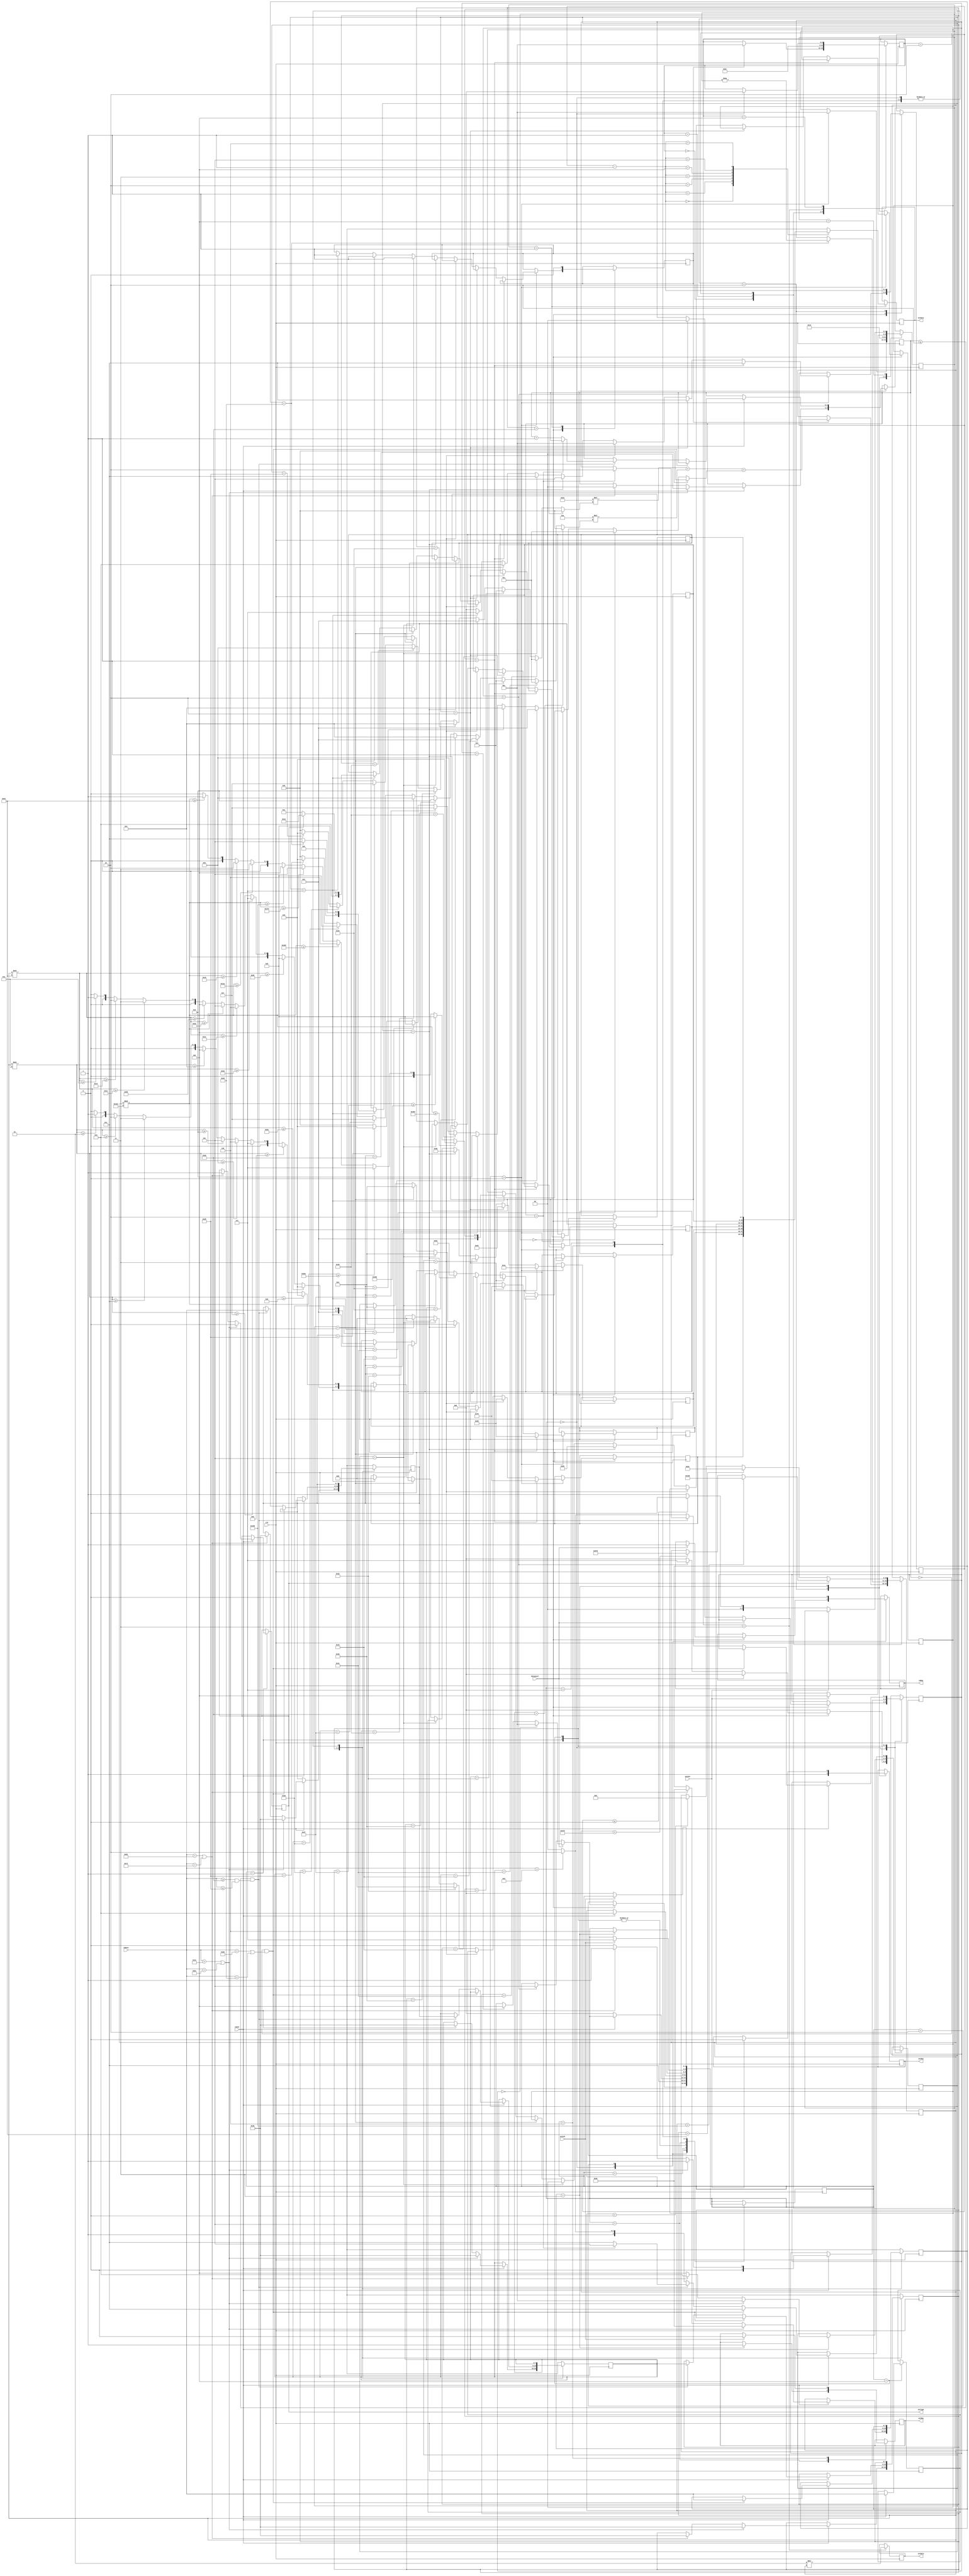
module BldcUart
#(parameter MAX_AMP = 100, parameter MAX_RPM = 400) (
    input clk,
    input dataAvail,
    input [7:0] inData,
    output reg inReq = 0,
    input inAck,
    output reg [7:0] outData = 0,
    output reg outReq = 0,
    input outAck,
    output reg setReq = 0,
    input setAck,
    output reg setType = 0, // 0=amp, 1=rpm
    output reg signed [9:0] setData = $rtoi(0.5*MAX_AMP)
    );
    
    // Command Handler
    reg firstBuffer = 0;
    reg [($clog2(2+1)-1):0] bufferCount = 0;
    reg [7:0] buffer [3:0];
    wire negative;
    assign negative = buffer[3]==45; // -
    reg [7:0] inDataBuffer = 0;
    reg [($clog2(6+1)-1):0] msg = 0;
    reg [($clog2(2+1)-1):0] mode = 0;
    reg [($clog2(7+1)-1):0] state = 0;
    reg [($clog2(7+1)-1):0] msgState = 0; // logic near bottom
    reg [($clog2(4+1)-1):0] intState = 0; // logic near bottom
    always @ (negedge(clk)) begin
    
        case(state)
        
            0:
                begin
                    msg <= 0;
                    if ( !msgState ) begin // !msgState is no RxTx
                        if ( dataAvail ) begin // uart buffer has character
                            inReq <= 1;
                            if ( mode==0 ) begin // this is the first character
                                state <= 1;
                            end else if ( mode==1 ) begin // this is a value character
                                state <= 4;
                            end
                        end else if ( mode==2 ) begin // this is the last character
                            msg <= 7; // send verification message
                            mode <= 0;
                            state <= 5; // send message to external interface
                        end
                    end
                end
           
            1:
                if ( inAck ) begin
                    if ( inData==65 || inData==97 ) begin // a
                        bufferCount <= 0;
                        buffer[3] = 43; // +
                        buffer[2] = 48; // 0
                        buffer[1] = 48; // 0
                        buffer[0] = 48; // 0
                        setType <= 0;
                        msg <= 1;
                        mode <= 1;
                    end else if ( inData==82 || inData==114 ) begin // r
                        bufferCount <= 0;
                        buffer[3] = 43; // +
                        buffer[2] = 48; // 0
                        buffer[1] = 48; // 0
                        buffer[0] = 48; // 0
                        setType <= 1;
                        msg <= 2;
                        mode <= 1;
                   end else begin // unknown
                        mode <= 0;
                        msg <= 4;
                    end
                    state <= 2;
                end
            
            2:
                begin
                    inReq <= 0;
                    state <= 3;
                end
            
            3:
                if ( !inAck ) begin
                    state <= 0;
                end
            
            4:
                if ( inAck ) begin
                    inDataBuffer <= inData;
                    if ( bufferCount==0 && ( inData==43 || inData==45 ) ) begin // + -
                        buffer[3] = inData;
                        msg <= 3;
                    end else if ( bufferCount<=2 && ( inData>=48 && inData<=57 ) ) begin // 0 - 9
                        buffer[2] <= buffer[1];
                        buffer[1] <= buffer[0];
                        buffer[0] <= inData;
                        if ( bufferCount==2 ) begin // 3 digits entered
                            mode <= 2;
                            msg <= 5;
                        end else begin // data digits entered
                            msg <= 3;
                            bufferCount <= bufferCount + 1;
                        end
                    end else if ( inData==13 ) begin // 13 return, then 10 line feed
                        mode <= 2;
                        msg <= 6;
                    end else begin // unknown
                        mode <= 0;
                        msg <= 4;
                    end
                    state <= 2;
                end
            
            5:
                if ( msgState==3 ) begin
                    setReq <= 1;
                    state <= 6;
                end
                
            6:
                if ( setAck ) begin
                    setReq <= 0;
                    state <= 7;
                end
                
            7:
                if ( !setAck ) begin
                    state <= 0;
                end
                                        
        endcase
    
    end
    
    // Message map
    localparam integer MAX_MSGCOUNT = 7;
    reg [($clog2(MAX_MSGCOUNT)-1):0] msgCount = 0;
    reg [7:0] msgIdx [(MAX_MSGCOUNT-1):0];
    // A 65
    // m 109
    // p 112
    // R 82
    // U 85
    // n 110
    // k 107
    
    // Ascii mapping
    // 0 48
    // 1 49
    // 2 50
    // 3 51
    // 4 52
    // 5 53
    // 6 54
    // 7 55
    // 8 56
    // 9 57
    wire ASCII_SIGN;
    wire [7:0] ASCII_100;
    assign ASCII_100 = setDataTemp%1000>=900 ? 57 :
                       setDataTemp%1000>=800 ? 56 :
                       setDataTemp%1000>=700 ? 55 :
                       setDataTemp%1000>=600 ? 54 :
                       setDataTemp%1000>=500 ? 53 :
                       setDataTemp%1000>=400 ? 52 :
                       setDataTemp%1000>=300 ? 51 :
                       setDataTemp%1000>=200 ? 50 :
                       setDataTemp%1000>=100 ? 49 :
                       48;
    wire [7:0] ASCII_10;
    assign ASCII_10 = setDataTemp%100>=90 ? 57 :
                      setDataTemp%100>=80 ? 56 :
                      setDataTemp%100>=70 ? 55 :
                      setDataTemp%100>=60 ? 54 :
                      setDataTemp%100>=50 ? 53 :
                      setDataTemp%100>=40 ? 52 :
                      setDataTemp%100>=30 ? 51 :
                      setDataTemp%100>=20 ? 50 :
                      setDataTemp%100>=10 ? 49 :
                      48;
    wire [7:0] ASCII_1;
    assign ASCII_1 = setDataTemp%10>=9 ? 57 :
                     setDataTemp%10>=8 ? 56 :
                     setDataTemp%10>=7 ? 55 :
                     setDataTemp%10>=6 ? 54 :
                     setDataTemp%10>=5 ? 53 :
                     setDataTemp%10>=4 ? 52 :
                     setDataTemp%10>=3 ? 51 :
                     setDataTemp%10>=2 ? 50 :
                     setDataTemp%10>=1 ? 49 :
                     48;
                          
    // Message output logic
    reg signed [($clog2((999*2-1)+1)-1):0] setDataTemp = 0;
    reg intMsg = 0;
    always @ (posedge(clk)) begin
        
        case(msgState)

            0:
                if ( msg>0 ) begin
                    msgCount <= 0;
                    if ( msg==1 ) begin
                        msgIdx[2] <= 65;  // A
                        msgIdx[1] <= 109; // m
                        msgIdx[0] <= 112; // p
                        msgCount <= 3;
                    end else if ( msg==2 ) begin
                        msgIdx[2] <= 82;  // R
                        msgIdx[1] <= 112; // p
                        msgIdx[0] <= 109; // m
                        msgCount <= 3;
                    end else if ( msg==3 ) begin
                        msgIdx[0] <= inDataBuffer;
                        msgCount <= 1;
                    end else if ( msg==4 ) begin
                        msgIdx[4] <= 85;  // U
                        msgIdx[3] <= 110; // n
                        msgIdx[2] <= 107; // k
                        msgIdx[1] <= 10;  // lf
                        msgIdx[0] <= 13;  // cr  
                        msgCount <= 5;
                    end else if ( msg==5 ) begin // 3 digits entered
                        msgIdx[2] <= inDataBuffer;
                        msgIdx[1] <= 10; // lf
                        msgIdx[0] <= 13; // cf
                        msgCount <= 3;
                        intMsg <= 1;
                    end else if ( msg==6 ) begin // enter pressed
                        msgIdx[1] <= 10; // lf
                        msgIdx[0] <= 13; // cr
                        msgCount <= 2;
                        intMsg <= 1;
                    end else if ( msg==7 ) begin // show set data
                        if ( setType==0 ) begin
                            msgIdx[6] <= 65; // A
                        end else begin
                            msgIdx[6] <= 82; // R
                        end
                        if ( negative ) begin
                            msgIdx[5] <= 45; // -
                        end else begin
                            msgIdx[5] <= 43; // +
                        end
                        msgIdx[4] <= ASCII_100;
                        msgIdx[3] <= ASCII_10;
                        msgIdx[2] <= ASCII_1;
                        msgIdx[1] <= 10; // lf
                        msgIdx[0] <= 13; // cr
                        msgCount <= 7;
                        intMsg <= 1;
                    end
                    msgState <= 1;
                end

            1:
                begin
                    intMsg <= 0;
                    outData <= msgIdx[msgCount-1];
                    msgState <= 2;
                end

            2:
                begin
                    msgCount <= msgCount - 1;
                    outReq <= 1;
                    msgState <= 3;
                end

            3:
                if ( outAck ) begin
                    outReq <= 0;
                    msgState <= 4;
                end

            4:
                if ( !outAck ) begin
                    if ( msgCount<=0 ) begin
                        msgState <= 0;
                    end else begin
                        msgState <= 1;
                    end
                end        

        endcase
    
    end
    
    // Ascii mapping
    // 0 48
    // 1 49
    // 2 50
    // 3 51
    // 4 52
    // 5 53
    // 6 54
    // 7 55
    // 8 56
    // 9 57
    wire [7:0] HUNDREDS;
    assign HUNDREDS = buffer[2]==48 ? 0 :
                      buffer[2]==49 ? 1 :
                      buffer[2]==50 ? 2 :
                      buffer[2]==51 ? 3 :
                      buffer[2]==52 ? 4 :
                      buffer[2]==53 ? 5 :
                      buffer[2]==54 ? 6 :
                      buffer[2]==55 ? 7 :
                      buffer[2]==56 ? 8 :
                      buffer[2]==57 ? 9 :
                      0;
    wire [7:0] TENS;
    assign TENS = buffer[1]==48 ? 0 :
                  buffer[1]==49 ? 1 :
                  buffer[1]==50 ? 2 :
                  buffer[1]==51 ? 3 :
                  buffer[1]==52 ? 4 :
                  buffer[1]==53 ? 5 :
                  buffer[1]==54 ? 6 :
                  buffer[1]==55 ? 7 :
                  buffer[1]==56 ? 8 :
                  buffer[1]==57 ? 9 :
                  0;
    wire [7:0] ONES;
    assign ONES = buffer[0]==48 ? 0 :
                  buffer[0]==49 ? 1 :
                  buffer[0]==50 ? 2 :
                  buffer[0]==51 ? 3 :
                  buffer[0]==52 ? 4 :
                  buffer[0]==53 ? 5 :
                  buffer[0]==54 ? 6 :
                  buffer[0]==55 ? 7 :
                  buffer[0]==56 ? 8 :
                  buffer[0]==57 ? 9 :
                  0;
                                  
    // Interpret logic
    always @ (negedge(clk)) begin
        
        case(intState)
        
            0:
                if ( intMsg ) begin
                    setDataTemp <= 100*HUNDREDS + 10*TENS + ONES;
                    intState <= 1;
               end
               
            1:
                begin
                    if ( negative ) begin
                        setDataTemp <= -setDataTemp;
                    end
                    intState <= 2;
                end
                
            2:
                begin
                    if ( setType==0 ) begin
                        if ( setDataTemp>MAX_AMP ) begin
                            setDataTemp <= MAX_AMP;
                        end else if ( setDataTemp<0 ) begin
                            setDataTemp <= 0;
                        end
                    end else if ( setType==1 ) begin
                         if ( setDataTemp>MAX_RPM ) begin
                            setDataTemp <= MAX_RPM;
                        end else if ( setDataTemp<-MAX_RPM ) begin
                            setDataTemp <= -MAX_RPM;
                        end
                    end
                   intState <= 3;
                end
                
            3:
                begin
                    setData <= 1*setDataTemp;
                    intState <= 4;
                end
                
            4:
                if ( state==0 ) begin // after external interface received
                    intState <= 0;
                end
              
                
        endcase
    
    end
        
endmodule